Indian journal of veterinary science and animal husbandry - Volumes 28-29, 1958-1959
Year: 1958
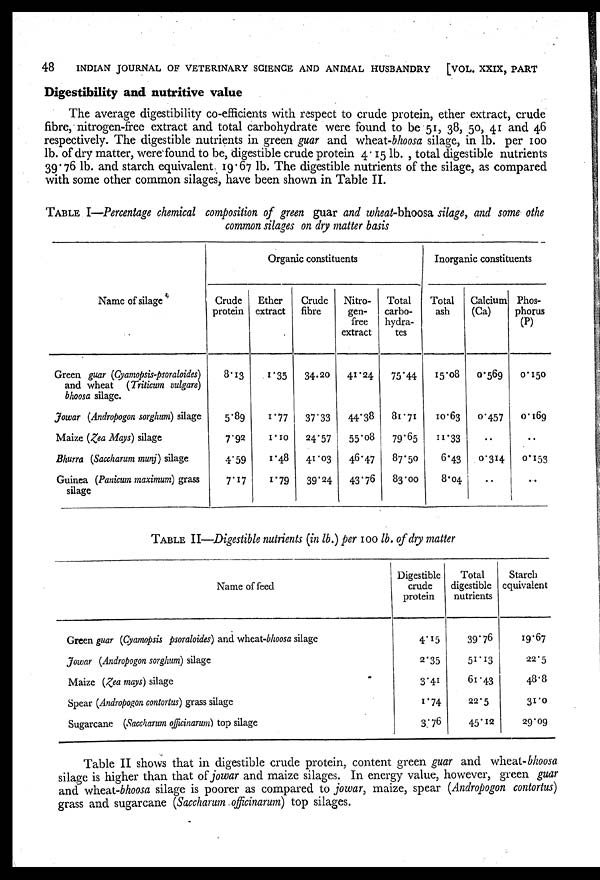
48
INDIAN JOURNAL OF VETERINARY SCIENCE AND ANIMAL HUSBANDRY
[VOL. XXIX, PART
Digestibility and nutritive value
The average digestibility co-efficients with respect to crude protein, ether extract, crude
fibre, nitrogen-free extract and total carbohydrate were found to be 51, 38, 50, 41 and 46
respectively. The digestible nutrients in green guar and wheat-bhoosa silage, in lb. per 100
lb. of dry matter, were found to be, digestible crude protein 4.15 lb. , total digestible nutrients
39.76 lb. and starch equivalent 19.67 lb. The digestible nutrients of the silage, as compared
with some other common silages, have been shown in Table II.
TABLE I—Percentage chemical composition of green guar and wheat-bhoosa silage, and some othe
common silages on dry matter basis
Name of silage
Green guar (Cyamopsis-psoraloides)
and wheat (Triticum vulgare)
bhoosa silage.
Jowar (Andropogon sorghum) silage
Maize (Zea Mays) silage
Bhurra (Saccharum munj) silage
Guinea (Panicum maximum) grass
silage
Organic constituents
Crude
protein
8.13
5.89
7.92
4.59
7.17
Ether
extract
1.35
1.77
1.10
1.48
1.79
Crude
fibre
34.20
37.33
24.57
41.03
39.24
Nitro-
gen-
free
extract
41.24
44.38
55.08
46.47
43.76
Total
carbo-
hydra-
tes
75.44
81.71
79.65
87.50
83.00
Inorganic constituents
Total
ash
15.08
10.63
11.33
6.43
8.04
Calcium
(Ca)
0.569
0.457
..
0.314
..
Phos-
phorus
(P)
0.150
0.169
..
0.153
..
TABLE II—Digestible nutrients (in lb.) per 100 lb. of dry matter
Name of feed
Green guar (Cyamopsis psoraloides) and wheat-bhoosa silage
Jowar (Andropogon sorghum) silage
Maize (Zea mays) silage
Spear (Andropogon contortus) grass silage
Sugarcane (Saccharum officinarum) top silage
Digestible
crude
protein
4.15
2.35
3.41
1.74
3.76
Total
digestible
nutrients
39.76
51.13
61.43
22.5
45.12
Starch
equivalent
19.67
22.5
48.8
31.0
29.09
Table II shows that in digestible crude protein, content green guar and wheat-bhoosa
silage is higher than that of jowar and maize silages. In energy value, however, green guar
and wheat-bhoosa silage is poorer as compared to jowar, maize, spear (Andropogon contortus)
grass and sugarcane (Saccharum officinarum) top silages.